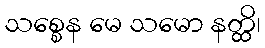
သစ္စေန မေ သမော နတ္ထိ၊